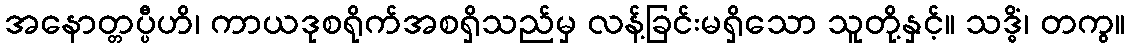
အနောတ္တပ္ပီဟိ၊ ကာယဒုစရိုက်အစရှိသည်မှ လန့်ခြင်းမရှိသော သူတို့နှင့်။ သဒ္ဓိံ၊ တကွ။